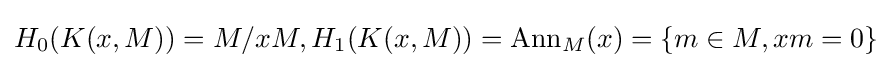
H_{0}(K(x,M))=M/xM,H_{1}(K(x,M))=\operatorname {Ann} _{M}(x)=\{m\in M,xm=0\}